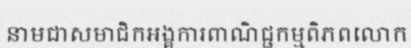
នាមជាសមាជិកអង្គការពាណិជ្ជកម្មពិភពលោក